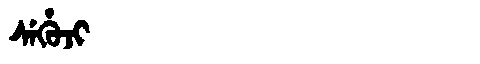
Manchu: ᠰᡝᡥᡠᠵᡳ
Romanization: SEHUJI